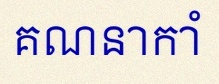
គណនាកាំ